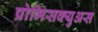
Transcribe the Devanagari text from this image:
प्रोमिसक्युअस